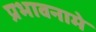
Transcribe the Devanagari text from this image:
प्रभावनामे